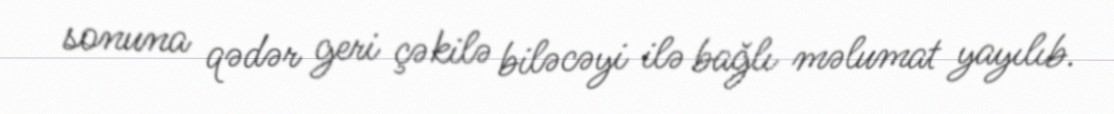
sonuna qədər geri çəkilə biləcəyi ilə bağlı məlumat yayılıb.